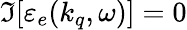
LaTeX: \Im[\mathinner{\varepsilon_{e}\mathopen{\left(k_{q},\omega\right)}}]=0